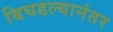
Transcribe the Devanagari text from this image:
बिघडल्यानंतर